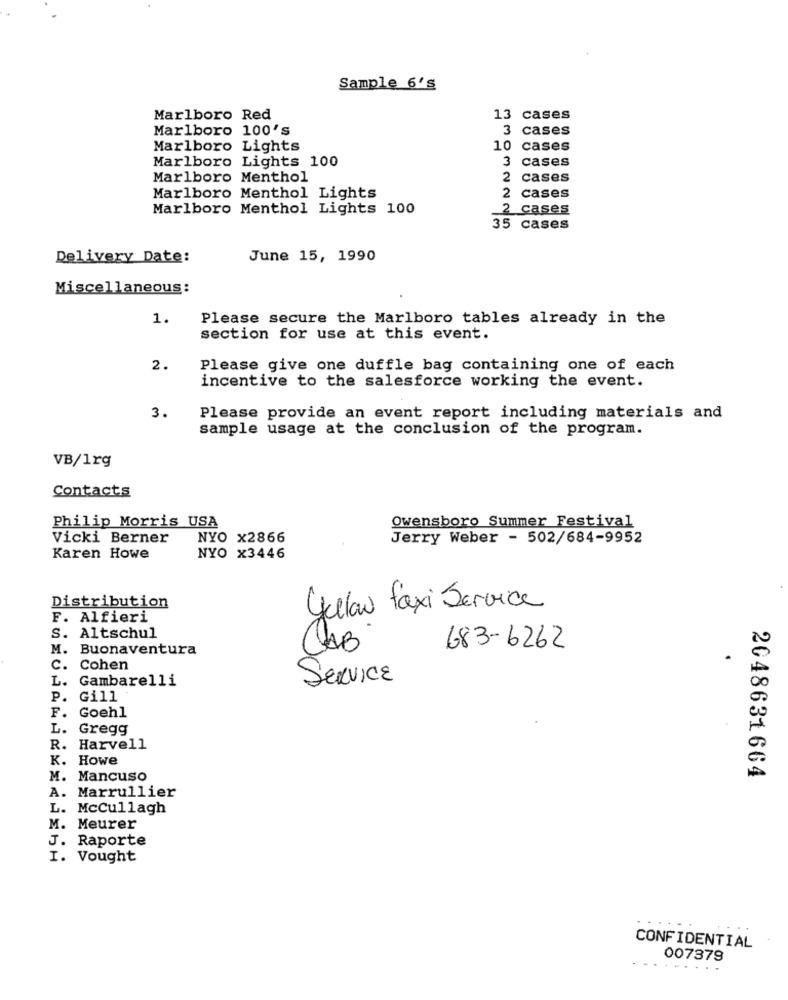
Sample 6's
Marlboro Red
13 cases
Marlboro 100's
3 cases
Marlboro Lights
10 cases
Marlboro Lights 100
3 cases
Marlboro Menthol
2 cases
Marlboro Menthol Lights
2 cases
Marlboro Menthol Lights 100
2 cases
35 cases
Delivery Date:
June 15, 1990
Miscellaneous :
1.
Please secure the Marlboro tables already in the
section for use at this event.
2.
Please give one duffle bag containing one of each
incentive to the salesforce working the event.
3.
Please provide an event report including materials and
sample usage at the conclusion of the program.
VB/1rg
Contacts
Philip Morris USA
Owensboro Summer Festival
Vicki Berner
NYO x2866
Jerry Weber - 502/684-9952
Karen Howe
NYO x3446
Distribution
yellow taxi Service
F. Alfieri
S. Altschul
M. Buonaventura
CAB
683-6262
C. Cohen
L.
Gambarelli
SERVICE
P. Gill
F. Goehl
L.
Gregg
R. Harvell
K. Howe
M. Mancuso
2048631664
A. Marrullier
L. McCullagh
M. Meurer
J. Raporte
I. Vought
CONFIDENTIAL
007379
....